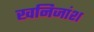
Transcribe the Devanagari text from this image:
खनिजांश